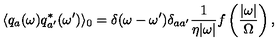
\langle q _ { a } ( \omega ) q _ { a ^ { \prime } } ^ { * } ( \omega ^ { \prime } ) \rangle _ { 0 } = \delta ( \omega - \omega ^ { \prime } ) \delta _ { a a ^ { \prime } } \frac { 1 } { \eta | \omega | } f \left( \frac { | \omega | } { \Omega } \right) ,